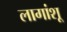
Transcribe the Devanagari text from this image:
लागांशू